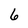
Character: 6